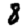
Digit: 8